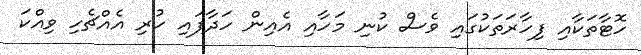
ހޮޓާތަކާއި ފިހާރަތަކުގައި ވެސް ކުނި މަހާއި އެއިން ހަދާފައި ހުރި އެއްޗެހި ވިއްކަ